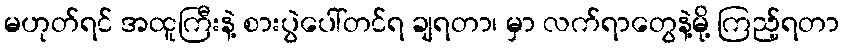
မဟုတ်ရင် အထူကြီးနဲ့ စားပွဲပေါ်တင်ရ ချရတာ၊ မှာ လက်ရာတွေနဲ့မို့ ကြည့်ရတာ